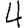
Digit: 4